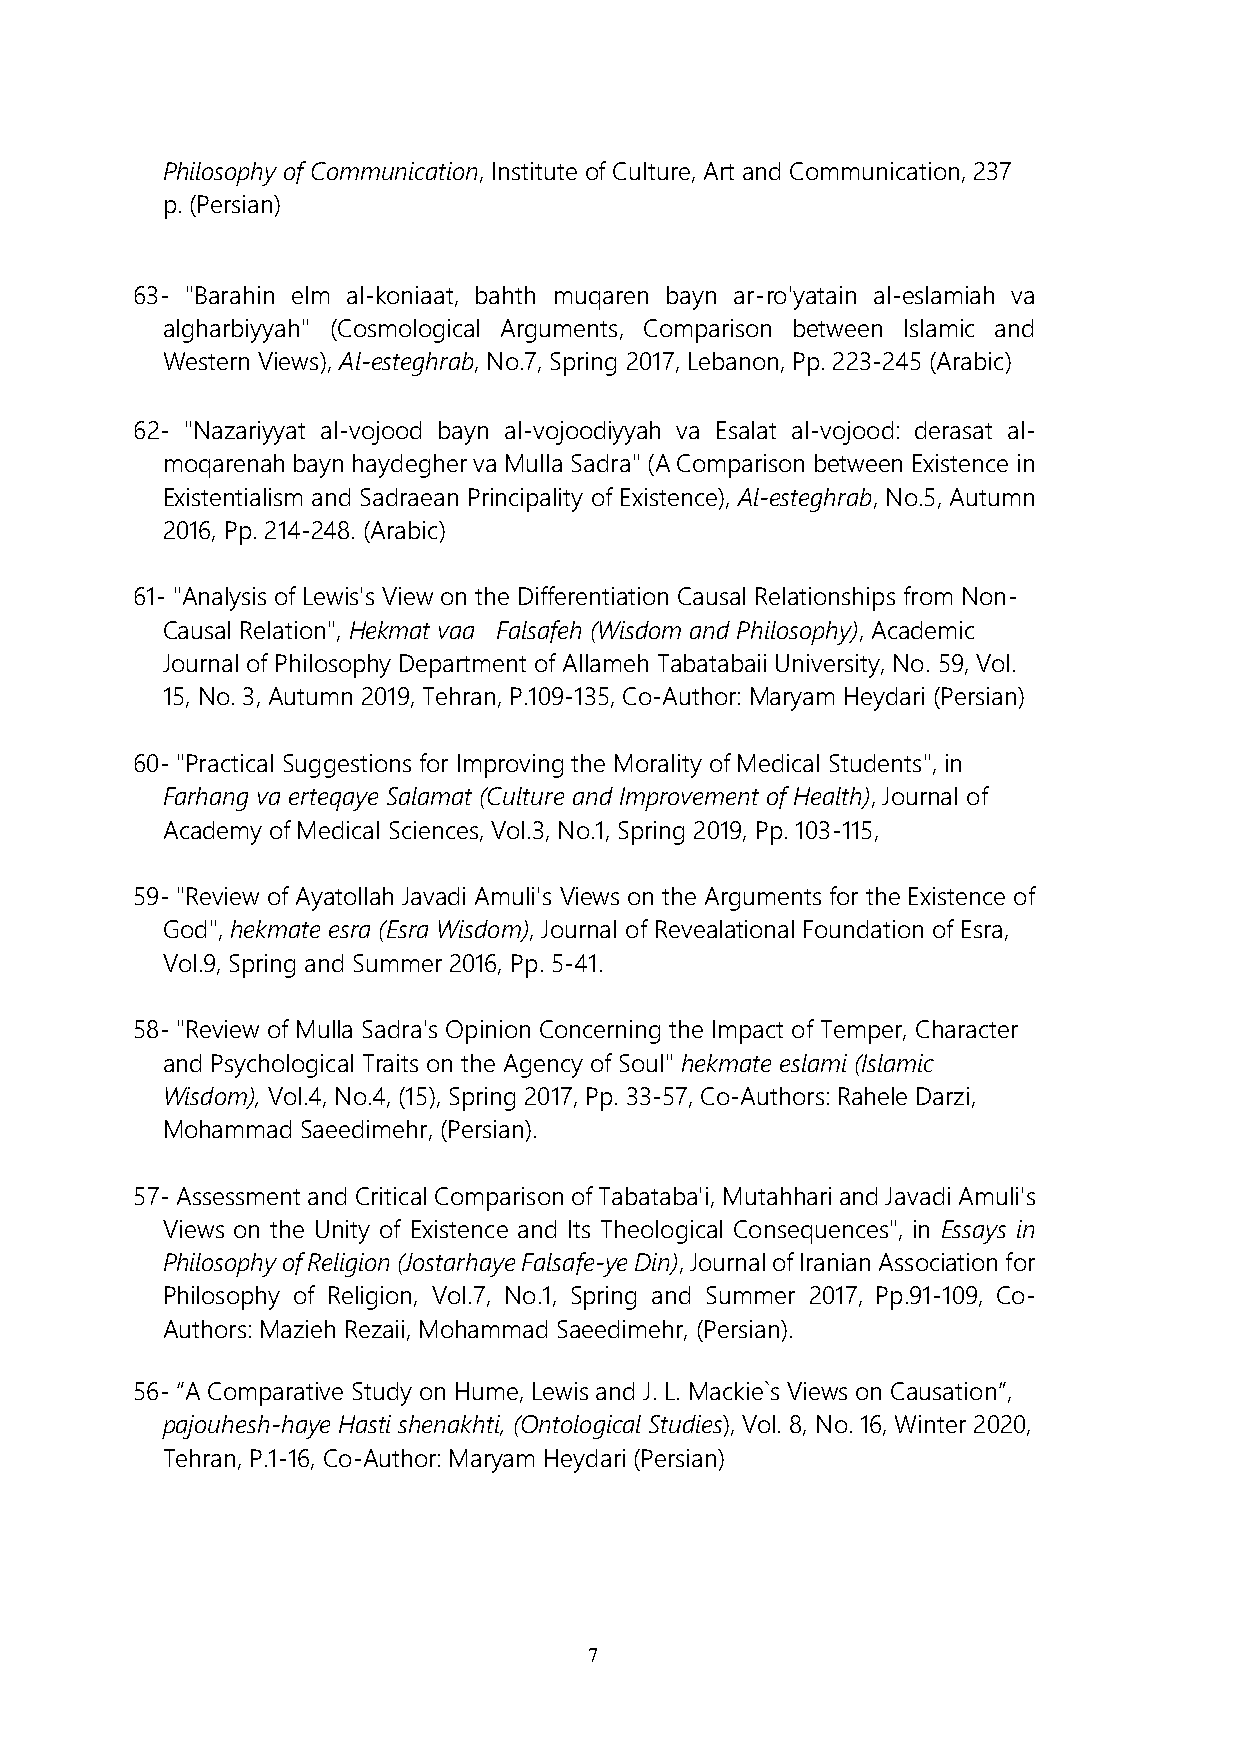
Philosophy of Communication, Institute of Culture, Art and Communication, 237
 p. (Persian)
 63- "Barahin elm al-koniaat, bahth muqaren bayn ar-ro'yatain al-eslamiah va
 algharbiyyah" (Cosmological Arguments, Comparison between Islamic and
 Western Views), Al-esteghrab, No.7, Spring 2017, Lebanon, Pp. 223-245 (Arabic)
 62- "Nazariyyat al-vojood bayn al-vojoodiyyah va Esalat al-vojood: derasat al-
 moqarenah bayn haydegher va Mulla Sadra" (A Comparison between Existence in
 Existentialism and Sadraean Principality of Existence), Al-esteghrab, No.5, Autumn
 2016, Pp. 214-248. (Arabic)
 61- "Analysis of Lewis's View on the Differentiation Causal Relationships from Non-
 Causal Relation", Hekmat vaa Falsafeh (Wisdom and Philosophy), Academic
 Journal of Philosophy Department of Allameh Tabatabaii University, No. 59, Vol.
 15, No. 3, Autumn 2019, Tehran, P.109-135, Co-Author: Maryam Heydari (Persian)
 60- "Practical Suggestions for Improving the Morality of Medical Students", in
 Farhang va erteqaye Salamat (Culture and Improvement of Health), Journal of
 Academy of Medical Sciences, Vol.3, No.1, Spring 2019, Pp. 103-115,
 59- "Review of Ayatollah Javadi Amuli's Views on the Arguments for the Existence of
 God", hekmate esra (Esra Wisdom), Journal of Revealational Foundation of Esra,
 Vol.9, Spring and Summer 2016, Pp. 5-41.
 58- "Review of Mulla Sadra's Opinion Concerning the Impact of Temper, Character
 and Psychological Traits on the Agency of Soul" hekmate eslami (Islamic
 Wisdom), Vol.4, No.4, (15), Spring 2017, Pp. 33-57, Co-Authors: Rahele Darzi,
 Mohammad Saeedimehr, (Persian).
 57- Assessment and Critical Comparison of Tabataba'i, Mutahhari and Javadi Amuli's
 Views on the Unity of Existence and Its Theological Consequences", in Essays in
 Philosophy of Religion (Jostarhaye Falsafe-ye Din), Journal of Iranian Association for
 Philosophy of Religion, Vol.7, No.1, Spring and Summer 2017, Pp.91-109, Co-
 Authors: Mazieh Rezaii, Mohammad Saeedimehr, (Persian).
 56- “A Comparative Study on Hume, Lewis and J. L. Mackie`s Views on Causation”,
 pajouhesh-haye Hasti shenakhti, (Ontological Studies), Vol. 8, No. 16, Winter 2020,
 Tehran, P.1-16, Co-Author: Maryam Heydari (Persian)
 7